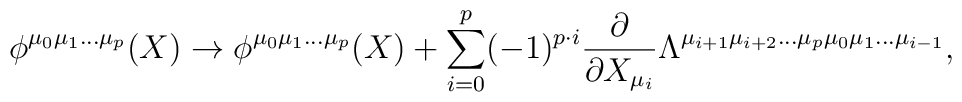
\phi^{\mu_{0}\mu_{1}\ldots\mu_{p}}(X)	\rightarrow	\phi^{\mu_{0}\mu_{1}\ldots\mu_{p}}(X)	+ \sum_{i=0}^{p}(-1)^{p\cdot i}	\frac{\partial}{\partial X_{\mu_{i}}}	\Lambda^{\mu_{i+1}\mu_{i+2}\ldots\mu_{p}	\mu_{0}\mu_{1}\ldots\mu_{i-1}},